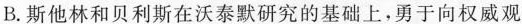
B.斯他林和贝利斯在沃泰默研究的基础上，勇于向权威观